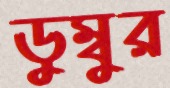
ডুম্বুর